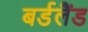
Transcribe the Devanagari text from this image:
बर्डलैंड